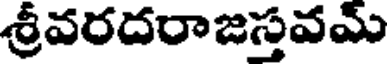
శ్రీవరదరాజస్తవమ